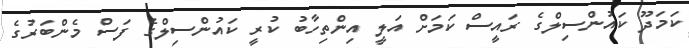
ކަމަދޫ ކައުންސިލްގެ ރައީސް ކަމަށް އަލީ އިންތިހާބު ކުރީ ކައުންސިލްގެ ފަސް މެންބަރުގެ